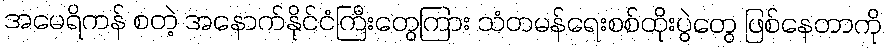
အမေရိကန် စတဲ့ အနောက်နိုင်ငံကြီးတွေကြား သံတမန်ရေးစစ်ထိုးပွဲတွေ ဖြစ်နေတာကို